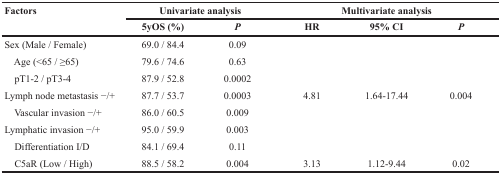
| <ROWSPAN=2> Factors | <COLSPAN=2> Univariate analysis | <COLSPAN=3> Multivariate analysis |
 | 5yOS (%) | P | HR | 95% CI | P |
 | --- | --- | --- | --- | --- | --- |
 | Sex (Male / Female) | 69.0 / 84.4 | 0.09 |  |  |  |
 | Age (<65 / ≥65) | 79.6 / 74.6 | 0.63 |  |  |  |
 | pT1-2 / pT3-4 | 87.9 / 52.8 | 0.0002 |  |  |  |
 | Lymph node metastasis −/+ | 87.7 / 53.7 | 0.0003 | 4.81 | 1.64-17.44 | 0.004 |
 | Vascular invasion −/+ | 86.0 / 60.5 | 0.009 |  |  |  |
 | Lymphatic invasion −/+ | 95.0 / 59.9 | 0.003 |  |  |  |
 | Differentiation I/D | 84.1 / 69.4 | 0.11 |  |  |  |
 | C5aR (Low / High) | 88.5 / 58.2 | 0.004 | 3.13 | 1.12-9.44 | 0.02 |